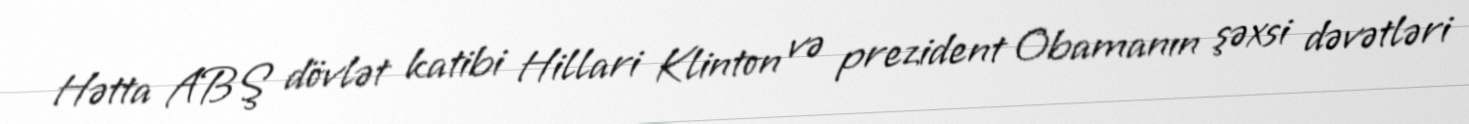
Hətta ABŞ dövlət katibi Hillari Klinton və prezident Obamanın şəxsi dəvətləri